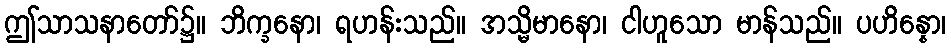
ဤသာသနာတော်၌။ ဘိက္ခနော၊ ရဟန်းသည်။ အသ္မိမာနော၊ ငါဟူသော မာန်သည်။ ပဟိန္နော၊